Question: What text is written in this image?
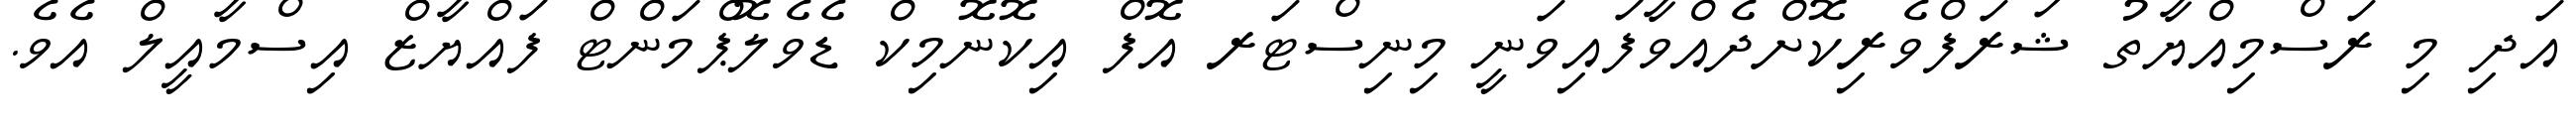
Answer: އަދި މި ރަސްމިއްޔާތު ޝަރަފްވެރިކޮށްދެއްވާފައިވަނީ މިނިސްޓަރ އޮފް އިކޮނޮމިކް ޑެވެލޮޕްމަންޓް ފައްޔާޒް އިސްމާއީލް އެވެ.